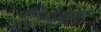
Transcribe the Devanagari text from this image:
आैंफैलोसॉरस